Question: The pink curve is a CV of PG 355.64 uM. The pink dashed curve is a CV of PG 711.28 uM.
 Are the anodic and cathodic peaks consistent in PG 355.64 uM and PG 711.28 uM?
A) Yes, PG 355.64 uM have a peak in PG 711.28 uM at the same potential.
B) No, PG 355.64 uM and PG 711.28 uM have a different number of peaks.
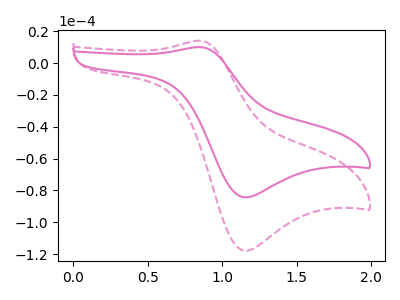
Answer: <think>The pink curve "PG 355.64 uM" has an anodic peak at (0.85V, 10.10uA) and a cathodic peak at (1.15V, -84.30uA). The pink dashed curve "PG 711.28 uM" has an anodic peak at (0.85V, 14.15uA) and a cathodic peak at (1.15V, -117.90uA).</think>
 <answer>A) Yes, "PG 355.64 uM" have a peak in "PG 711.28 uM" at the same potential.</answer>
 <eval>A</eval>